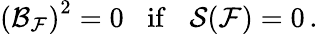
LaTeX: \left({\cal B}_{{\cal F}}\right)^{2}=0\; \; \; {\mathrm{if}}\; \; \; {\cal S}({\cal F})=0\, .